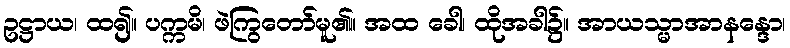
ဥဋ္ဌာယ၊ ထ၍။ ပက္ကမိ၊ ဖဲကြွတော်မူ၏။ အထ ခေါ၊ ထိုအခါ၌။ အာယသ္မာအာနန္ဒော၊